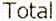
TOTAL